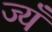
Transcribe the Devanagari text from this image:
ज्यँ